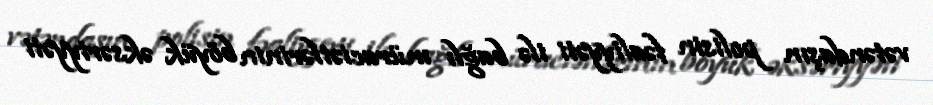
vətəndaşın polisin fəaliyyəti ilə bağlı müraciətlərinin böyük əksəriyyəti